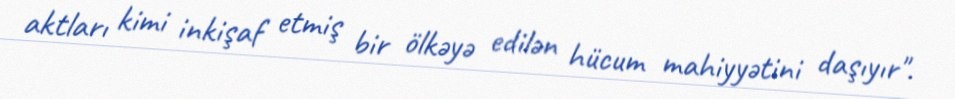
aktları kimi inkişaf etmiş bir ölkəyə edilən hücum mahiyyətini daşıyır".